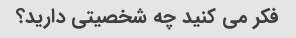
فکر می کنید چه شخصیتی دارید؟